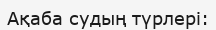
Ақаба судың түрлері: